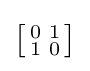
{\bigl [}{\begin{smallmatrix}0&1\\1&0\end{smallmatrix}}{\bigr ]}